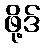
ဖို့ဒ်